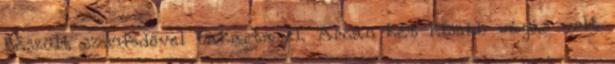
készült szemfedővel takarta el. Arcán két kisebb vágás volt